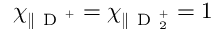
\chi _ { \parallel \mathrm { ~ D ~ } ^ { + } } = \chi _ { \parallel \mathrm { ~ D ~ } _ { 2 } ^ { + } } = 1